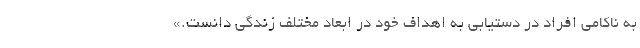
به ناکامی افراد در دستیابی به اهداف خود در ابعاد مختلف زندگی دانست.»